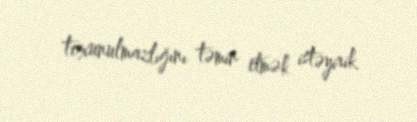
toxunulmazlığını təmin etmək istəyirik.